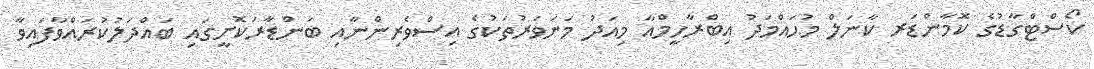
ކޯސްޓްގާޑުގެ ކޮމާންޑަރ ކާނަލް މުޙައްމަދު އިބްރާހީމްއާ މިއަދު މަނަވަރުތަކުގެ އިސްވެރިންނާއި ބަންޑާރަކޮށީގައި ބައްދަލުކުރައްވާފައިވާ